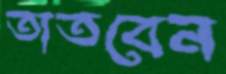
তাতবেন